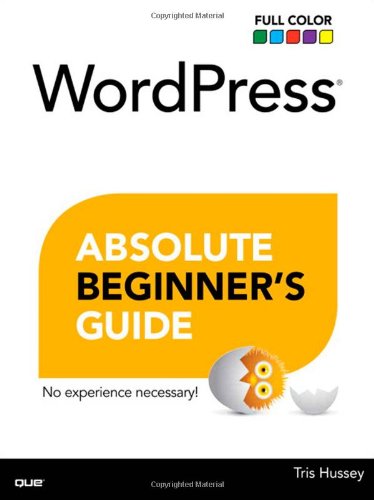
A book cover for WordPress Absolute Beginner's Guide; Tris Hussey; Computers & Technology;